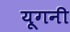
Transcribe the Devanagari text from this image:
यूगनी